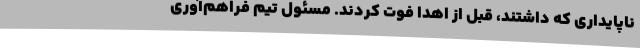
ناپایداری که داشتند، قبل از اهدا فوت کردند. مسئول تیم فراهم‌آوری